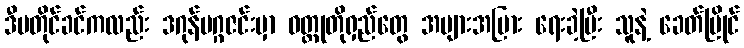
ဒီမတိုင်ခင်ကလည်း ဒဂုန်မဂ္ဂဇင်းမှာ ဝတ္ထုတိုရှည်တွေ အများအပြား ရေးခဲ့ပြီး သူနဲ့ ခေတ်ပြိုင်